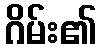
ဂိမ်း၏